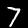
Label: 7